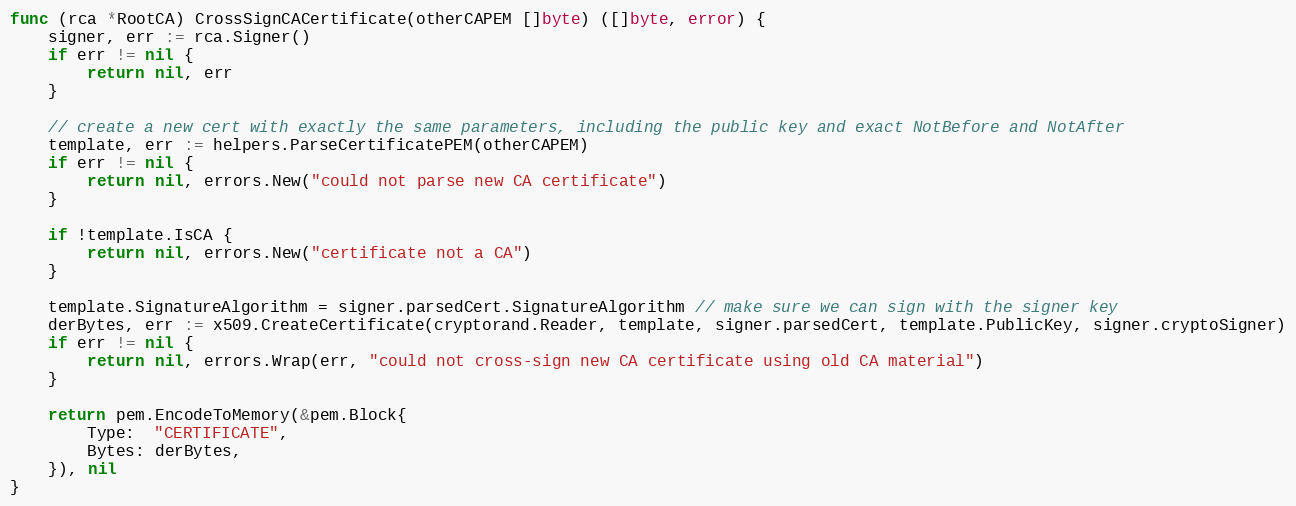
Language: Go
func (rca *RootCA) CrossSignCACertificate(otherCAPEM []byte) ([]byte, error) {
	signer, err := rca.Signer()
	if err != nil {
		return nil, err
	}

	// create a new cert with exactly the same parameters, including the public key and exact NotBefore and NotAfter
	template, err := helpers.ParseCertificatePEM(otherCAPEM)
	if err != nil {
		return nil, errors.New("could not parse new CA certificate")
	}

	if !template.IsCA {
		return nil, errors.New("certificate not a CA")
	}

	template.SignatureAlgorithm = signer.parsedCert.SignatureAlgorithm // make sure we can sign with the signer key
	derBytes, err := x509.CreateCertificate(cryptorand.Reader, template, signer.parsedCert, template.PublicKey, signer.cryptoSigner)
	if err != nil {
		return nil, errors.Wrap(err, "could not cross-sign new CA certificate using old CA material")
	}

	return pem.EncodeToMemory(&pem.Block{
		Type:  "CERTIFICATE",
		Bytes: derBytes,
	}), nil
}